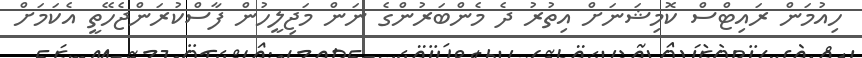
ހިއުމަން ރައިޓްސް ކޮމިޝަނަށް އިތުރު ދެ މެންބަރުންގެ ނަން މަޖިލީހުން ފާސްކުރަންޖެހޭތީ އެކަމަށް